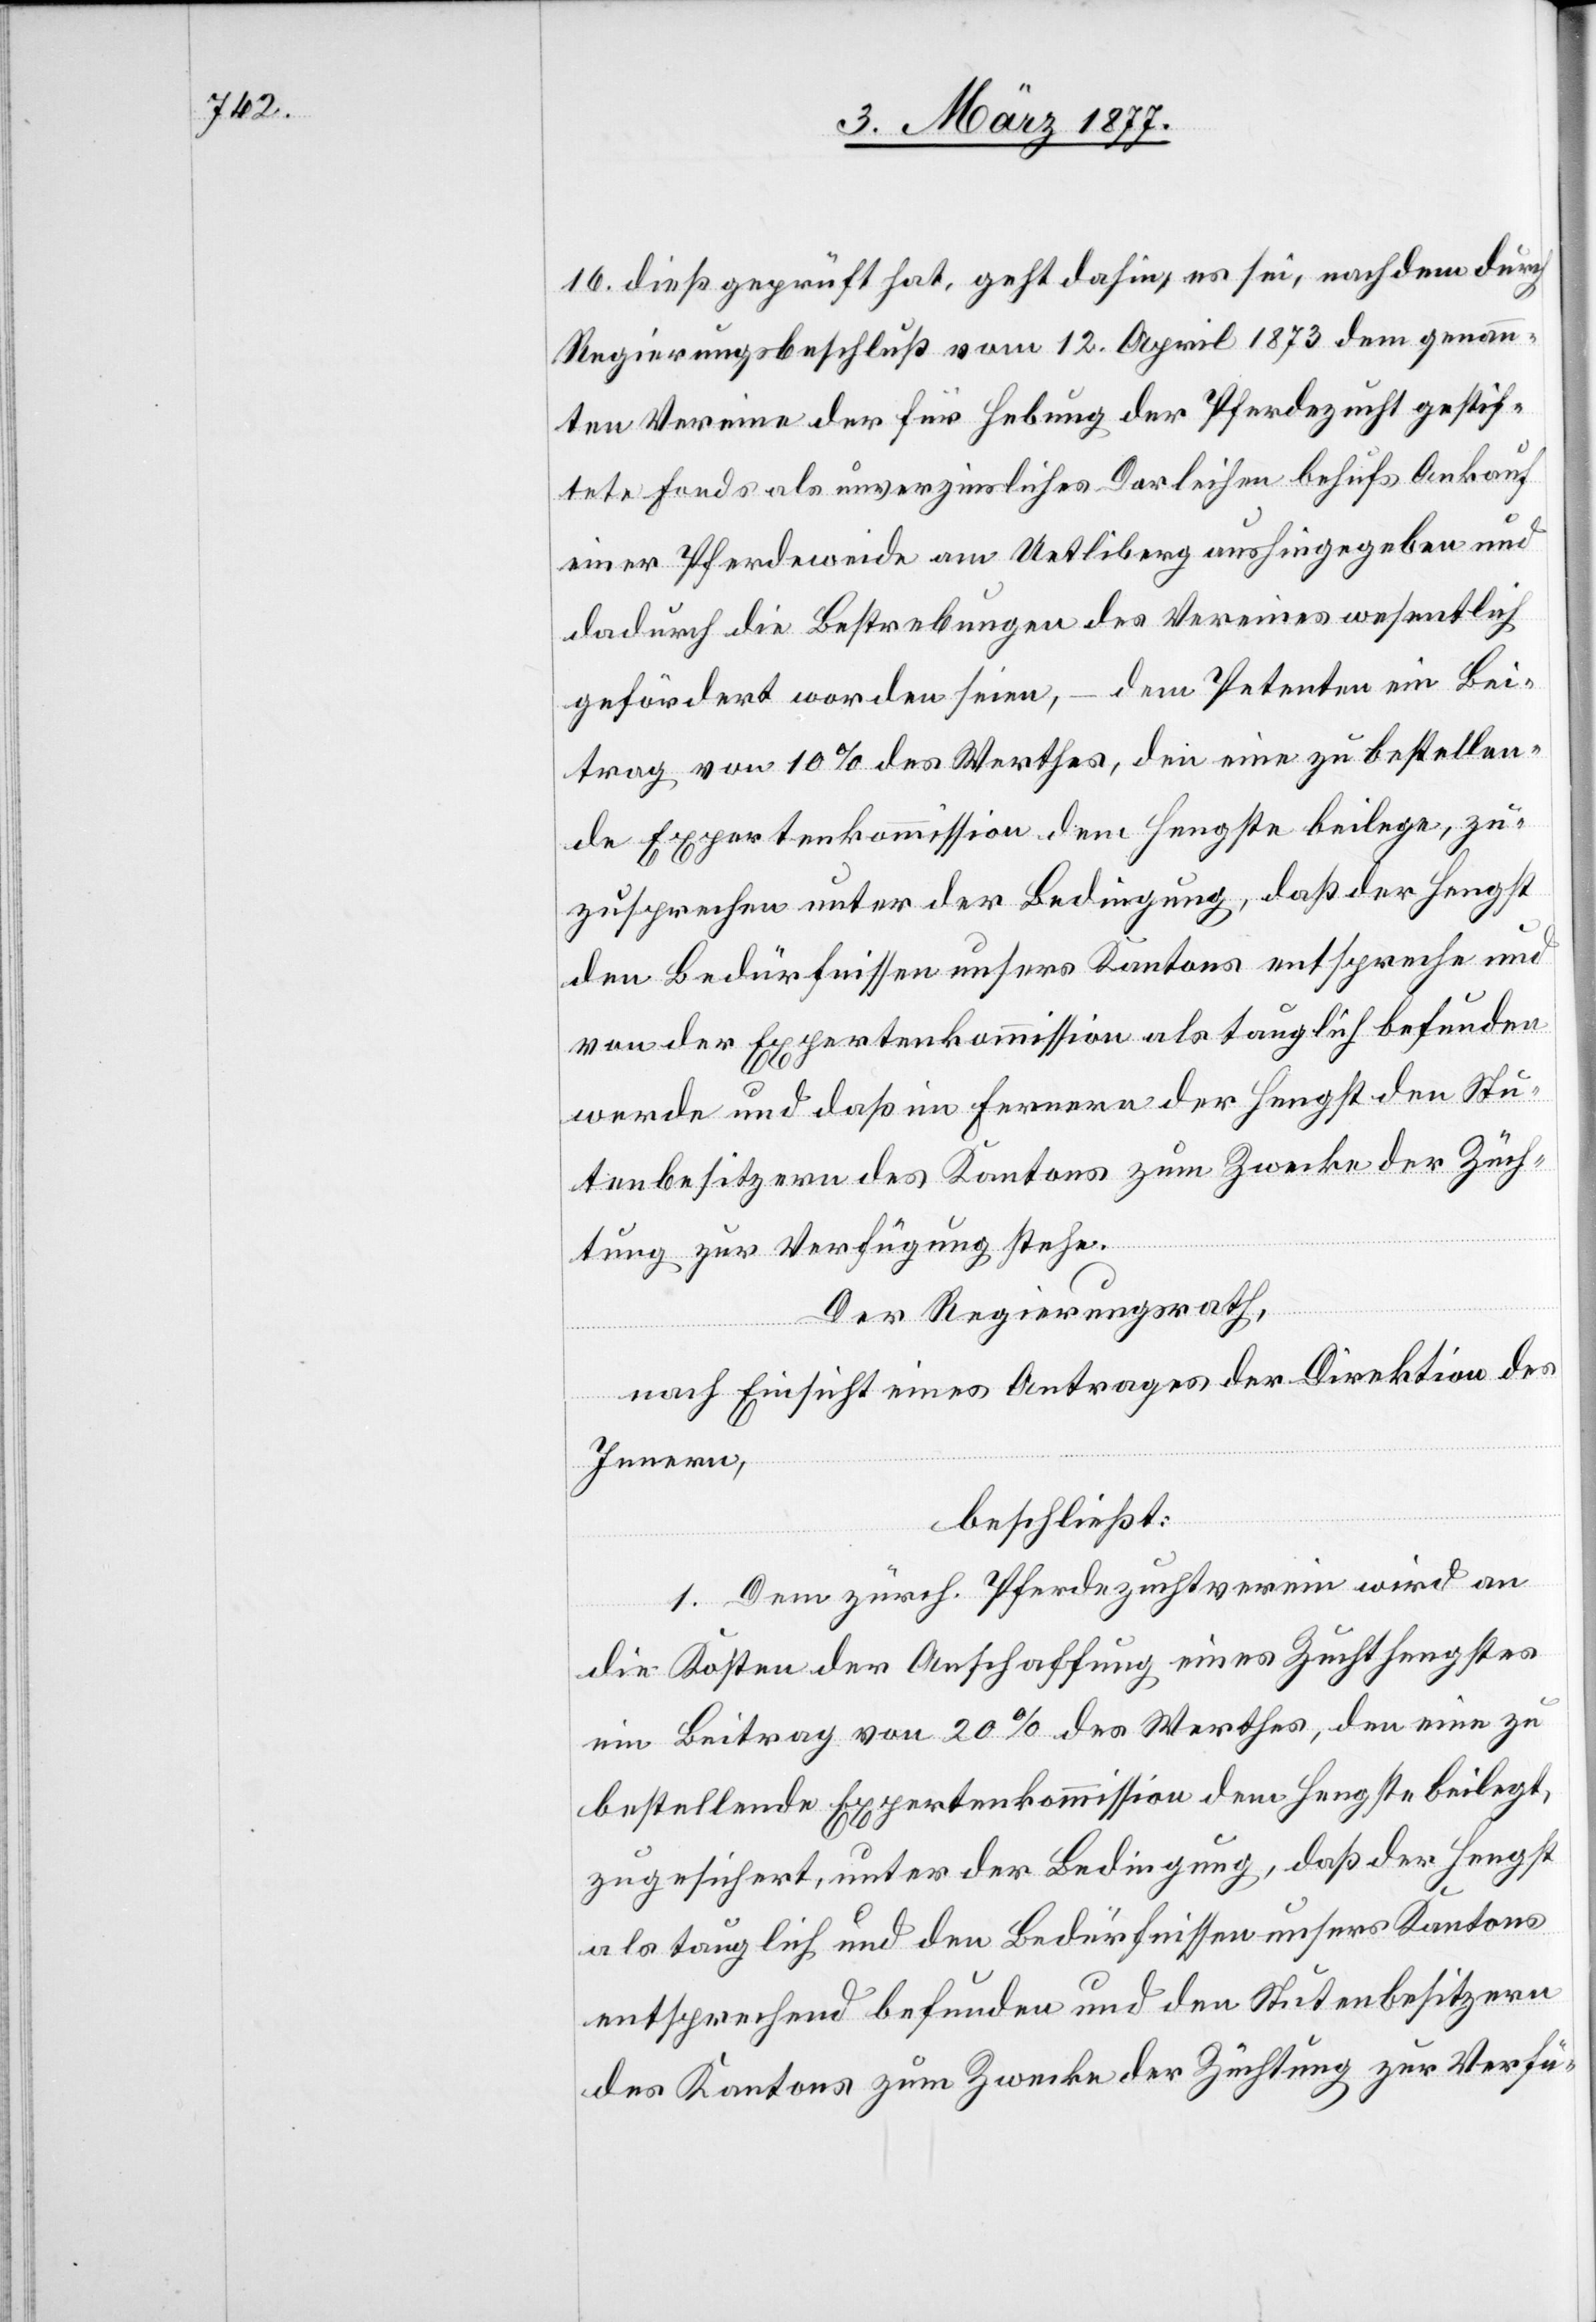
16. dieß geprüft hat, geht dahin, es sei, nachdem durch
Regierungsbeschluß vom 12. April 1873 dem genann¬
ten Vereine der für Hebung der Pferdezucht gestif¬
tete Fonds als unverzinsliches Darleihen behufs Ankauf
einer Pferdewiese am Uetliberg aushingegeben und
dadurch die Bestrebungen des Vereines wesentlich
gefördert worden seien, – dem Petenten ein Bei¬
trag von 10% des Werthes, den eine zu bestellen¬
de Expertenkommission dem Hengste beilege, zu¬
zusprechen unter der Bedingung, daß der Hengst
den Bedürfnissen unsers Kantons entspreche und
von der Expertenkommission als tauglich befunden
werde und daß im Fernern der Hengst den Stu¬
tenbesitzern des Kantons zum Zwecke der Züch¬
tung zur Verfügung stehe.
Der Regierungsrath,
nach Einsicht eines Antrages der Direktion des
Innern,
beschließt:
1. Dem zürch. Pferdezuchtverein wird an
die Kosten der Anschaffung eines Zuchthengstes
ein Beitrag von 20% des Werthes, den eine zu
bestellende Expertenkommission dem Hengste beilegt,
zugesichert unter der Bedingung, daß der Hengst
als tauglich und den Bedürfnissen unsers Kantons
entsprechend befunden und den Stutenbesitzern
des Kantons zum Zwecke der Züchtung zur Verfü-